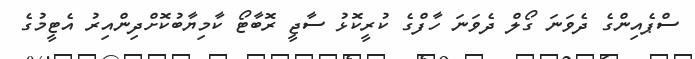
ސްޕެއިންގެ ދެވަނަ ގޯލް ދެވަނަ ހާފްގެ ކުރީކޮޅު ސާޖީ ރޮބާޓޯ ކާމިޔާބުކޮށްދިންއިރު އެޓީމުގެ